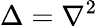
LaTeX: \Delta=\nabla^{2}